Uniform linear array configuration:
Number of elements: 8
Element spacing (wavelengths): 0.25
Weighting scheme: hann
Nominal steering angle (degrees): -15
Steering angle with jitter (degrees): -16.874
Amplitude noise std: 0.05
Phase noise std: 0.05

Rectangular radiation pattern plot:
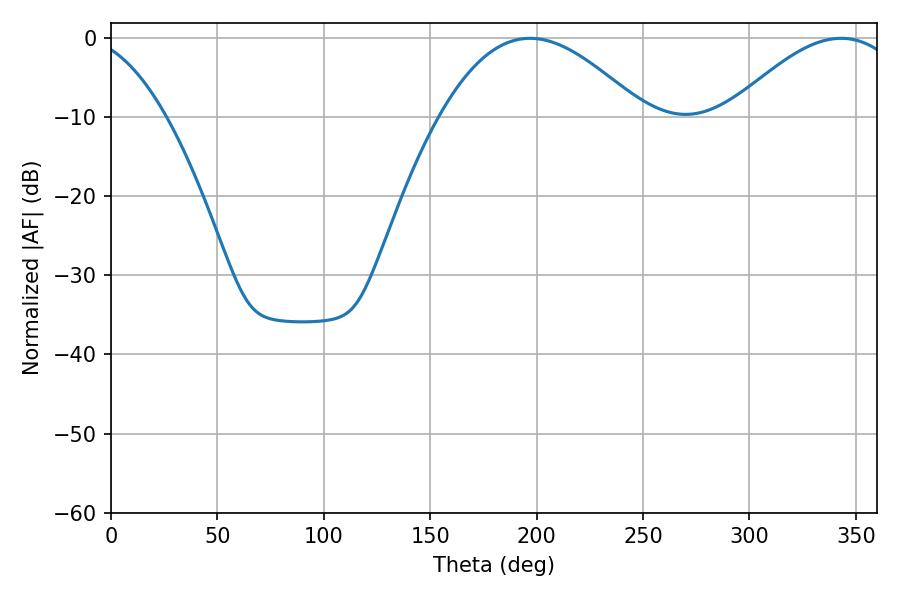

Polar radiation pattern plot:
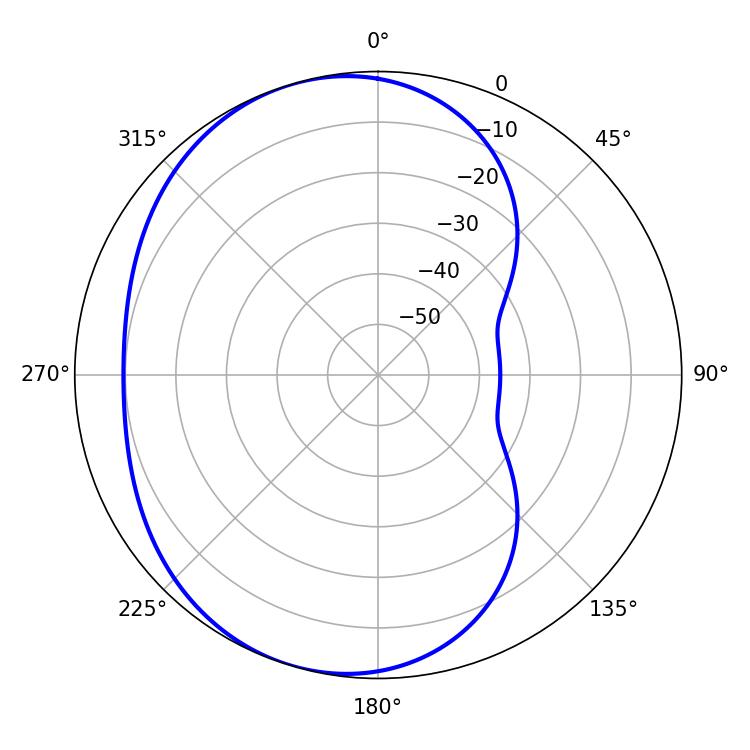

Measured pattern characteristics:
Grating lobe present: FALSE
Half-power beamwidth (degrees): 52.02
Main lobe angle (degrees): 196.92